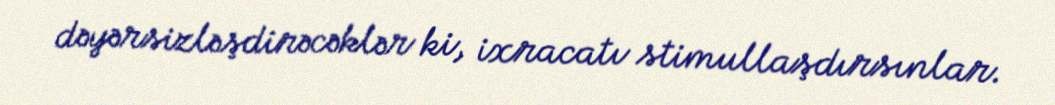
dəyərsizləşdirəcəklər ki, ixracatı stimullaşdırsınlar.